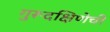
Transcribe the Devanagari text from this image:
गुरूदक्षिणेची